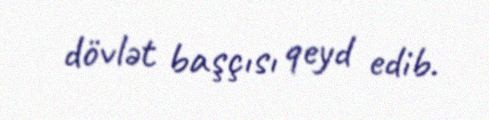
dövlət başçısı qeyd edib.